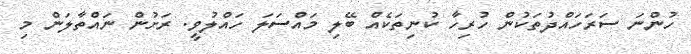
ހުންނަ ސަރަހައްދުތަކުން ހުރިހާ ކުނިތަކެއް ބޭލި މައްސަލަ ހައްލުވީ. ރަށުން ނައްތާލަން މި